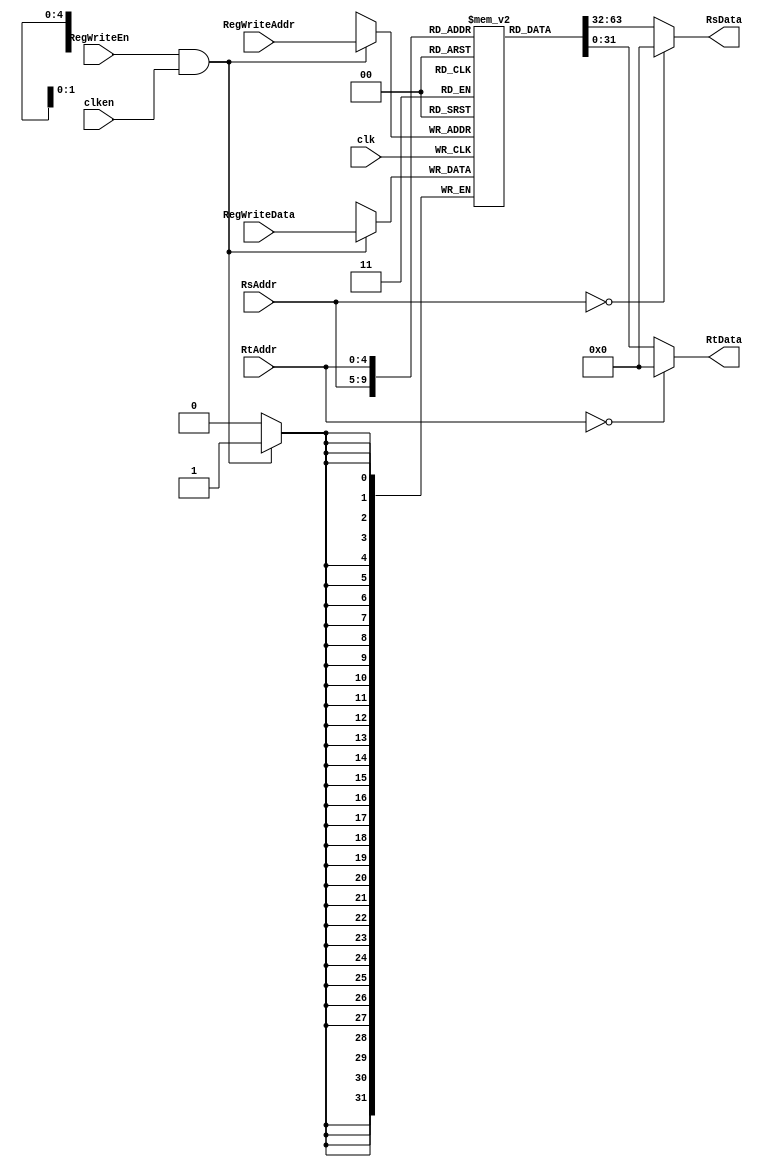
//******************************************************************************
// EE108b MIPS verilog model
//
// RegFile.v
//
// Contains the 1W2R register file
//
// written by Daniel L. Rosenband, MIT 10/4/99
// modified by John Kim, 3/26/03
// modified by Neil Achtman, 8/15/03
//
//******************************************************************************

module RegFile (
  // Outputs
  RsData, RtData,  
  // Inputs
  clk, clken, RegWriteData, RegWriteAddr, RegWriteEn, RsAddr, RtAddr
);

  input clk, clken;
  
  // Info for register write port
  input [31:0] RegWriteData;
  input [4:0] RegWriteAddr;
  input RegWriteEn;
  
  input [4:0] RsAddr, RtAddr;
  
  // Data from register read ports
  output [31:0] RsData;		// data output for read port A
  output [31:0] RtData;		// data output for read port B
  
  // 32-register memory declaration
  reg [31:0] regs [0:31];

//******************************************************************************
// get data from read registers
//******************************************************************************

  assign RsData = (RsAddr == 5'b0) ? 32'b0 : regs[RsAddr];
  assign RtData = (RtAddr == 5'b0) ? 32'b0 : regs[RtAddr];

//******************************************************************************
// write to register if necessary 
//******************************************************************************

  always @ (posedge clk)
    if (RegWriteEn && clken)
      regs[RegWriteAddr] <= RegWriteData;

endmodule